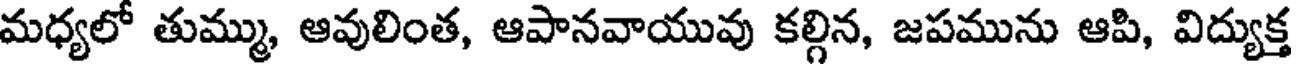
మధ్యలో తుమ్ము, ఆవులింత, ఆపానవాయువు కల్గిన, జపమును ఆపి, విద్యుక్త